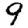
Digit: 9